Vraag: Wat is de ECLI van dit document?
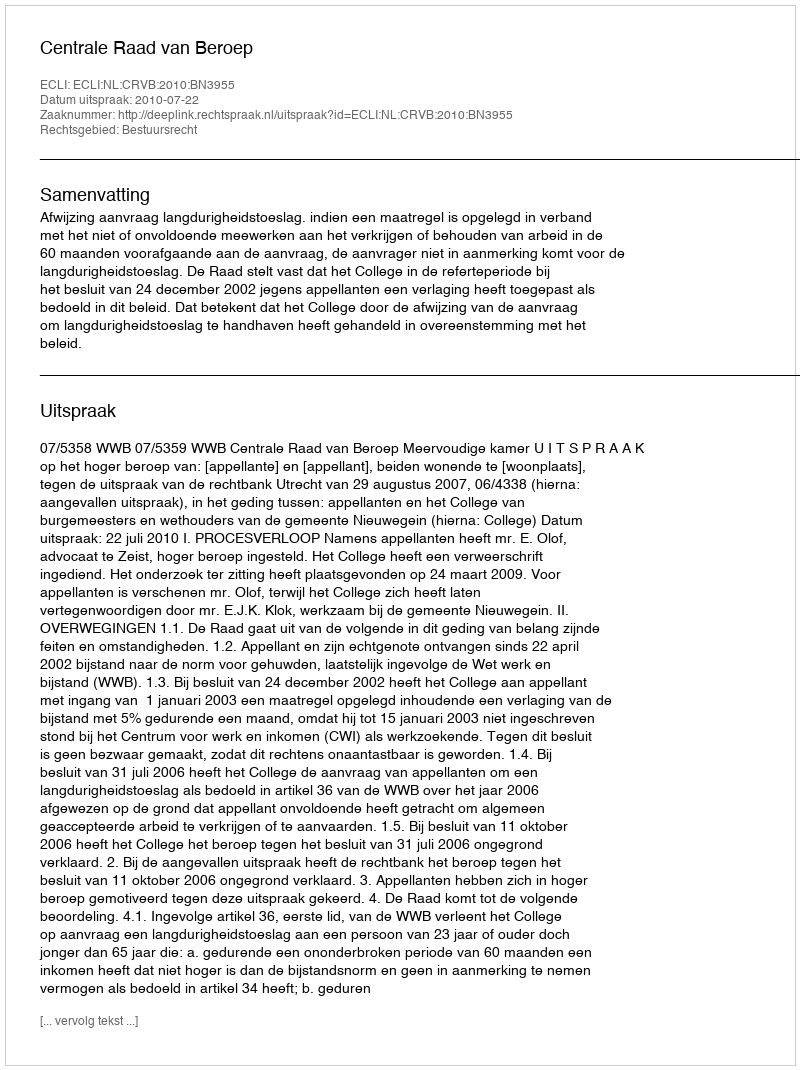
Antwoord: ECLI:NL:CRVB:2010:BN3955